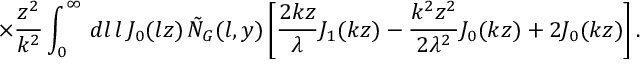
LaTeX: \times \frac { z ^ { 2 } } { k ^ { 2 } } \int _ { 0 } ^ { \infty } \, d l \, l \, J _ { 0 } ( l z ) \, \tilde { N } _ { G } ( l , y ) \left[ \frac { 2 k z } { \lambda } J _ { 1 } ( k z ) - \frac { k ^ { 2 } z ^ { 2 } } { 2 \lambda ^ { 2 } } J _ { 0 } ( k z ) + 2 J _ { 0 } ( k z ) \right] .